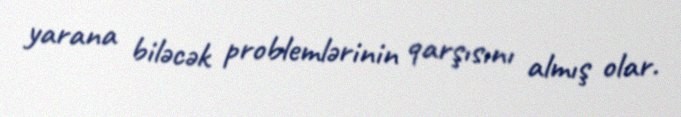
yarana biləcək problemlərinin qarşısını almış olar.